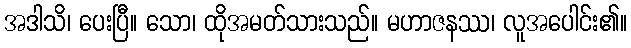
အဒါသိ၊ ပေးပြီ။ သော၊ ထိုအမတ်သားသည်။ မဟာဇနဿ၊ လူအပေါင်း၏။